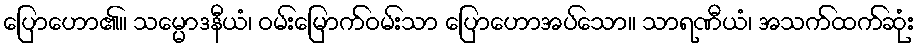
ပြောဟော၏။ သမ္မောဒနီယံ၊ ဝမ်းမြောက်ဝမ်းသာ ပြောဟောအပ်သော။ သာရဏီယံ၊ အသက်ထက်ဆုံး